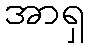
အာရှ